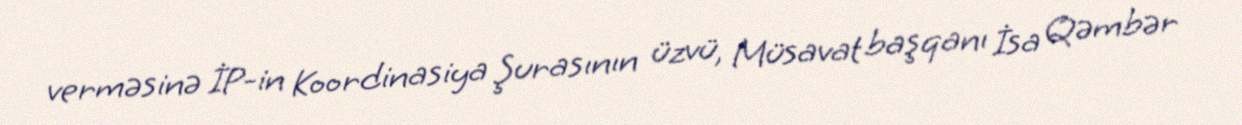
verməsinə İP-in Koordinasiya Şurasının üzvü, Müsavat başqanı İsa Qəmbər